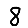
Digit: 8